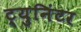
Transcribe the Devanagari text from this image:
ट्युनिंटर